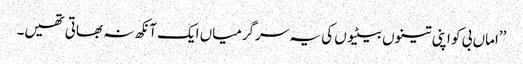
’’اماں بی کو اپنی تینوں بیٹیوں کی یہ سرگرمیاں ایک آنکھ نہ بھاتی تھیں۔